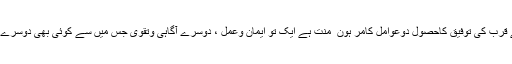
حقیقت میں راہِ خُدا پرچلنا،خوشنودی خُدا کاحاصل کرنا اوراس کے قرب کی توفیق کاحصول دوعوامل کامر ہون ِ منت ہے ایک تو ایمان وعمل ، دوسرے آگاہی وتقویٰ جس میں سے کوئی بھی دُوسرے کے بغیر ہدایت و کامیابی حاصل کرنے کے لیے کافی نہیں ہے ۔